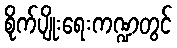
စိုက်ပျိုးရေးကဏ္ဍတွင်